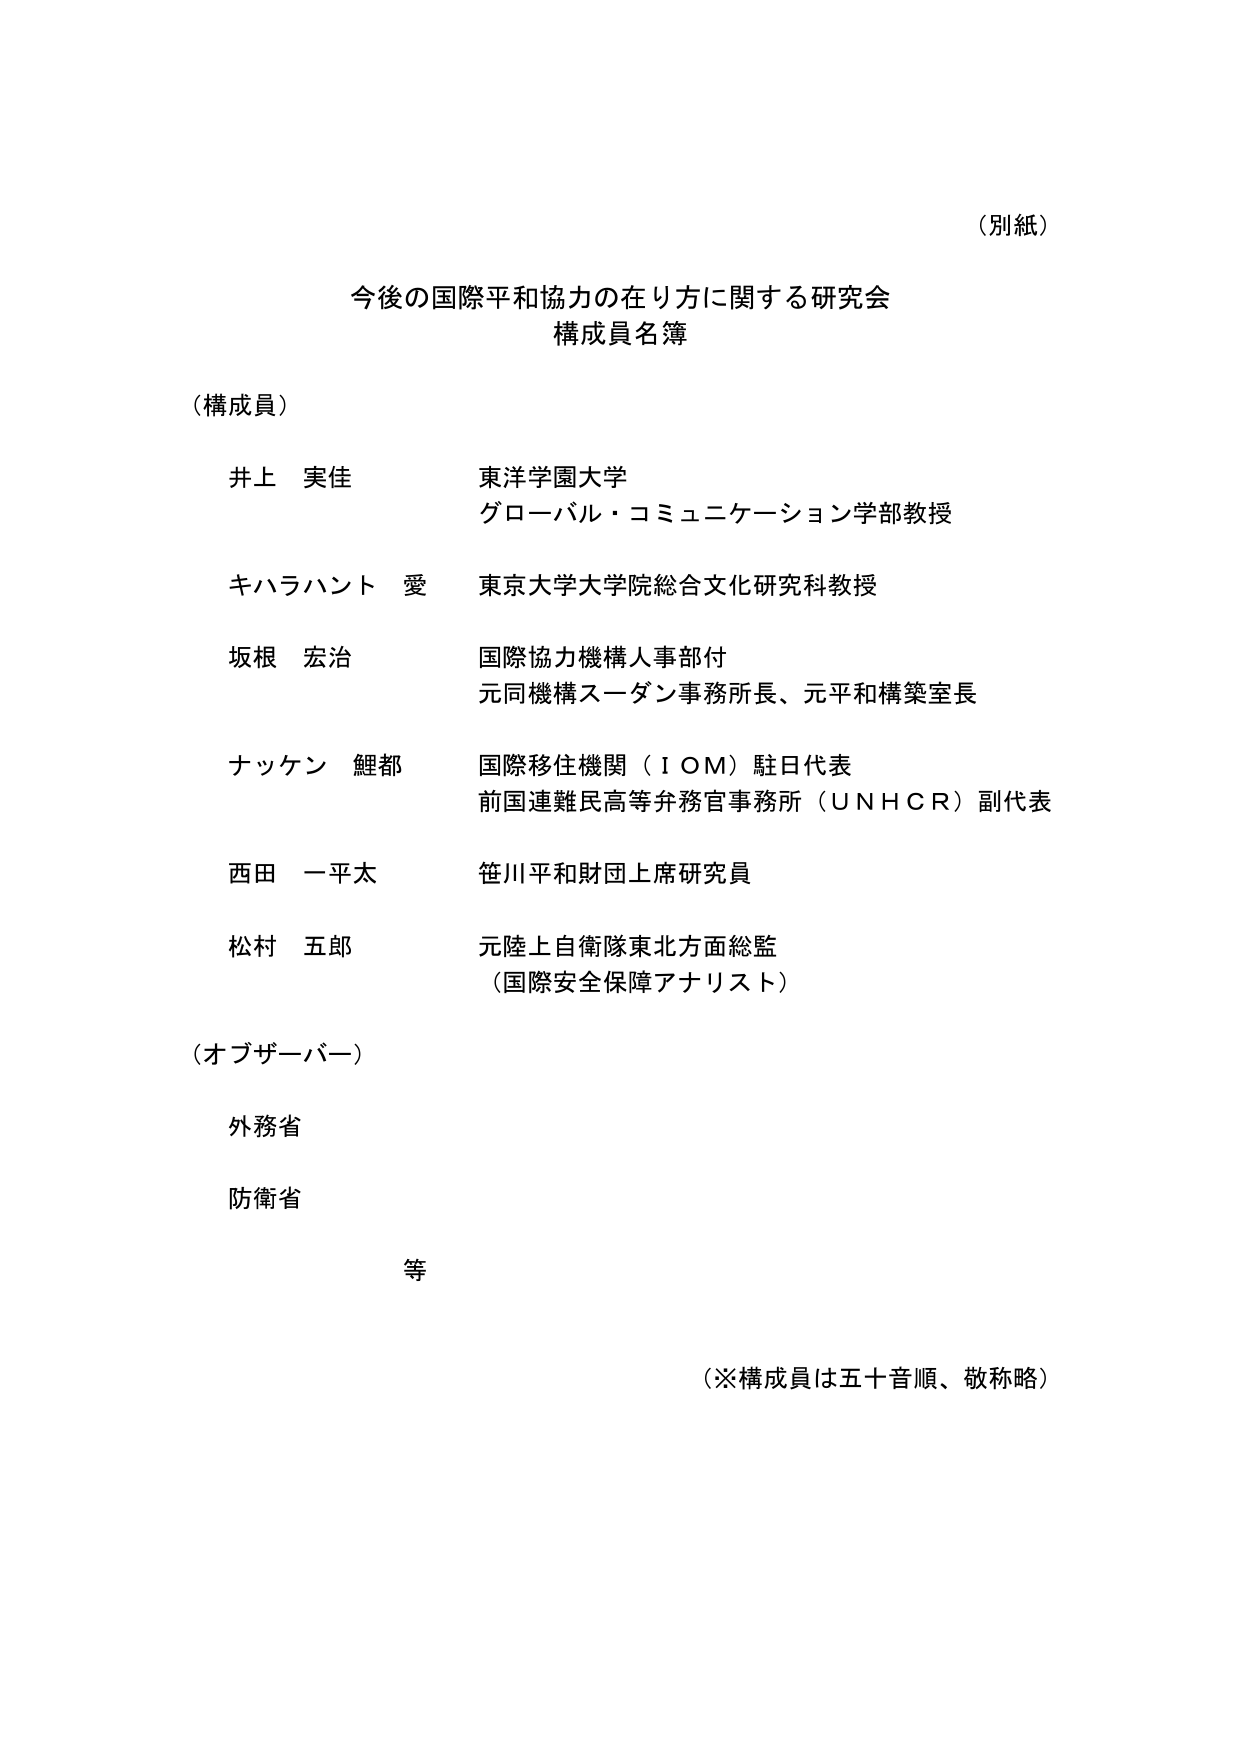
（別紙）

今後の国際平和協力の在り方に関する研究会
構成員名簿

（構成員）

井上 実佳　　　　　東洋学園大学
　　　　　　　　　　グローバル・コミュニケーション学部教授

キハラハント 愛　　東京大学大学院総合文化研究科教授

坂根 宏治　　　　　国際協力機構人事部付
　　　　　　　　　　元同機構スーダン事務所長、元平和構築室長

ナッケン 鯉都　　　国際移住機関（ＩＯＭ）駐日代表
　　　　　　　　　　前国連難民高等弁務官事務所（ＵＮＨＣＲ）副代表

西田 一平太　　　　笹川平和財団上席研究員

松村 五郎　　　　　元陸上自衛隊東北方面総監
　　　　　　　　　　（国際安全保障アナリスト）

（オブザーバー）

外務省

防衛省

等

（※構成員は五十音順、敬称略）